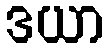
ဒယာ